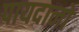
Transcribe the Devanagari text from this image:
पायदानों